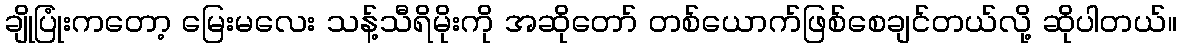
ချိုပြုံးကတော့ မြေးမလေး သန့်သီရိမိုးကို အဆိုတော် တစ်ယောက်ဖြစ်စေချင်တယ်လို့ ဆိုပါတယ်။